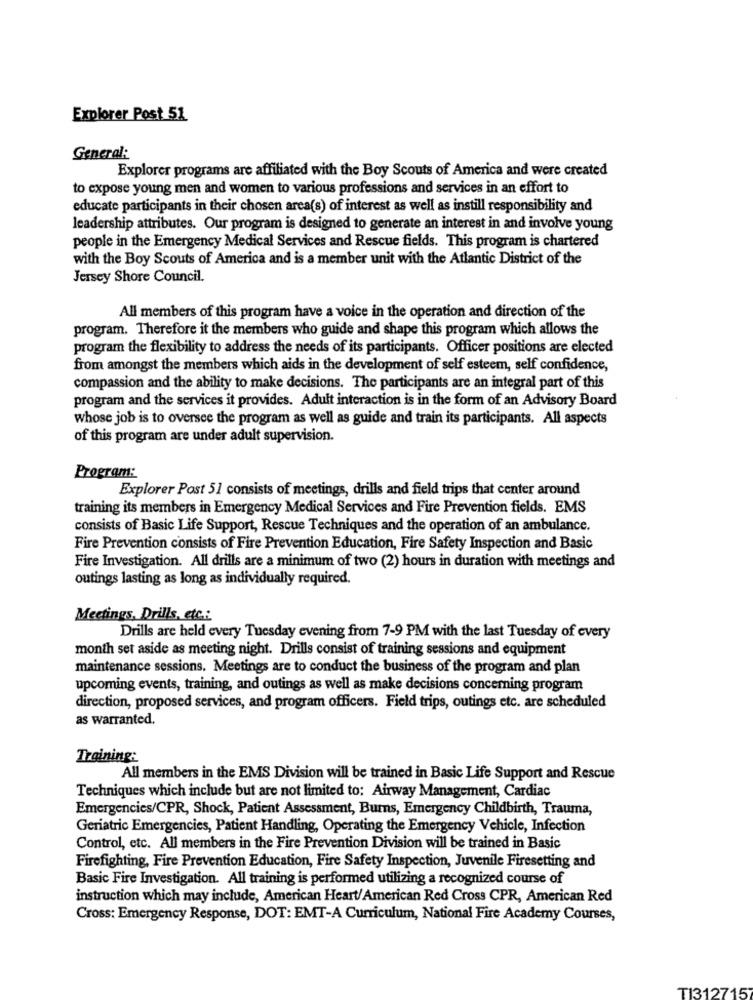
Explorer Post 51
General:
Explorer programs are affiliated with the Boy Scouts of America and were created
to expose young men and women to various professions and services in an effort to
educate participants in their chosen area(s) of interest as well as instill responsibility and
leadership attributes. Our program is designed to generate an interest in and involve young
people in the Emergency Medical Services and Rescue fields. This program is chartered
with the Boy Scouts of America and is a member unit with the Atlantic District of the
Jersey Shore Council.
All members of this program have a voice in the operation and direction of the
program. Therefore it the members who guide and shape this program which allows the
program the flexibility to address the needs of its participants. Officer positions are elected
from amongst the members which aids in the development of self esteem, self confidence,
compassion and the ability to make decisions. The participants are an integral part of this
program and the services it provides. Adult interaction is in the form of an Advisory Board
whose job is to oversee the program as well as guide and train its participants. All aspects
of this program are under adult supervision.
Program:
Explorer Post 51 consists of meetings, drills and field trips that center around
training its members in Emergency Medical Services and Fire Prevention fields. EMS
consists of Basic Life Support, Rescue Techniques and the operation of an ambulance.
Fire Prevention consists of Fire Prevention Education, Fire Safety Inspection and Basic
Fire Investigation. All drills are a minimum of two (2) hours in duration with meetings and
outings lasting as long as individually required.
Meetings, Drills, etc .:
Drills are held every Tuesday evening from 7-9 PM with the last Tuesday of every
month set aside as meeting night. Drills consist of training sessions and equipment
maintenance sessions. Meetings are to conduct the business of the program and plan
upcoming events, training, and outings as well as make decisions concerning program
direction, proposed services, and program officers. Field trips, outings etc. are scheduled
as warranted,
Training:
All members in the EMS Division will be trained in Basic Life Support and Rescue
Techniques which include but are not limited to: Airway Management, Cardiac
Emergencies/CPR, Shock, Patient Assessment, Burns, Emergency Childbirth, Trauma,
Geriatric Emergencies, Patient Handling, Operating the Emergency Vehicle, Infection
Control, etc. All members in the Fire Prevention Division will be trained in Basic
Firefighting, Fire Prevention Education, Fire Safety Inspection, Juvenile Firesetting and
Basic Fire Investigation. All training is performed utilizing a recognized course of
instruction which may include, American Heart/American Red Cross CPR, American Red
Cross: Emergency Response, DOT: EMT-A Curriculum, National Fire Academy Courses,
TI3127157